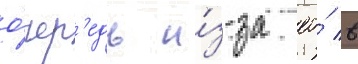
о́чер'едь и́з-за ео́ в